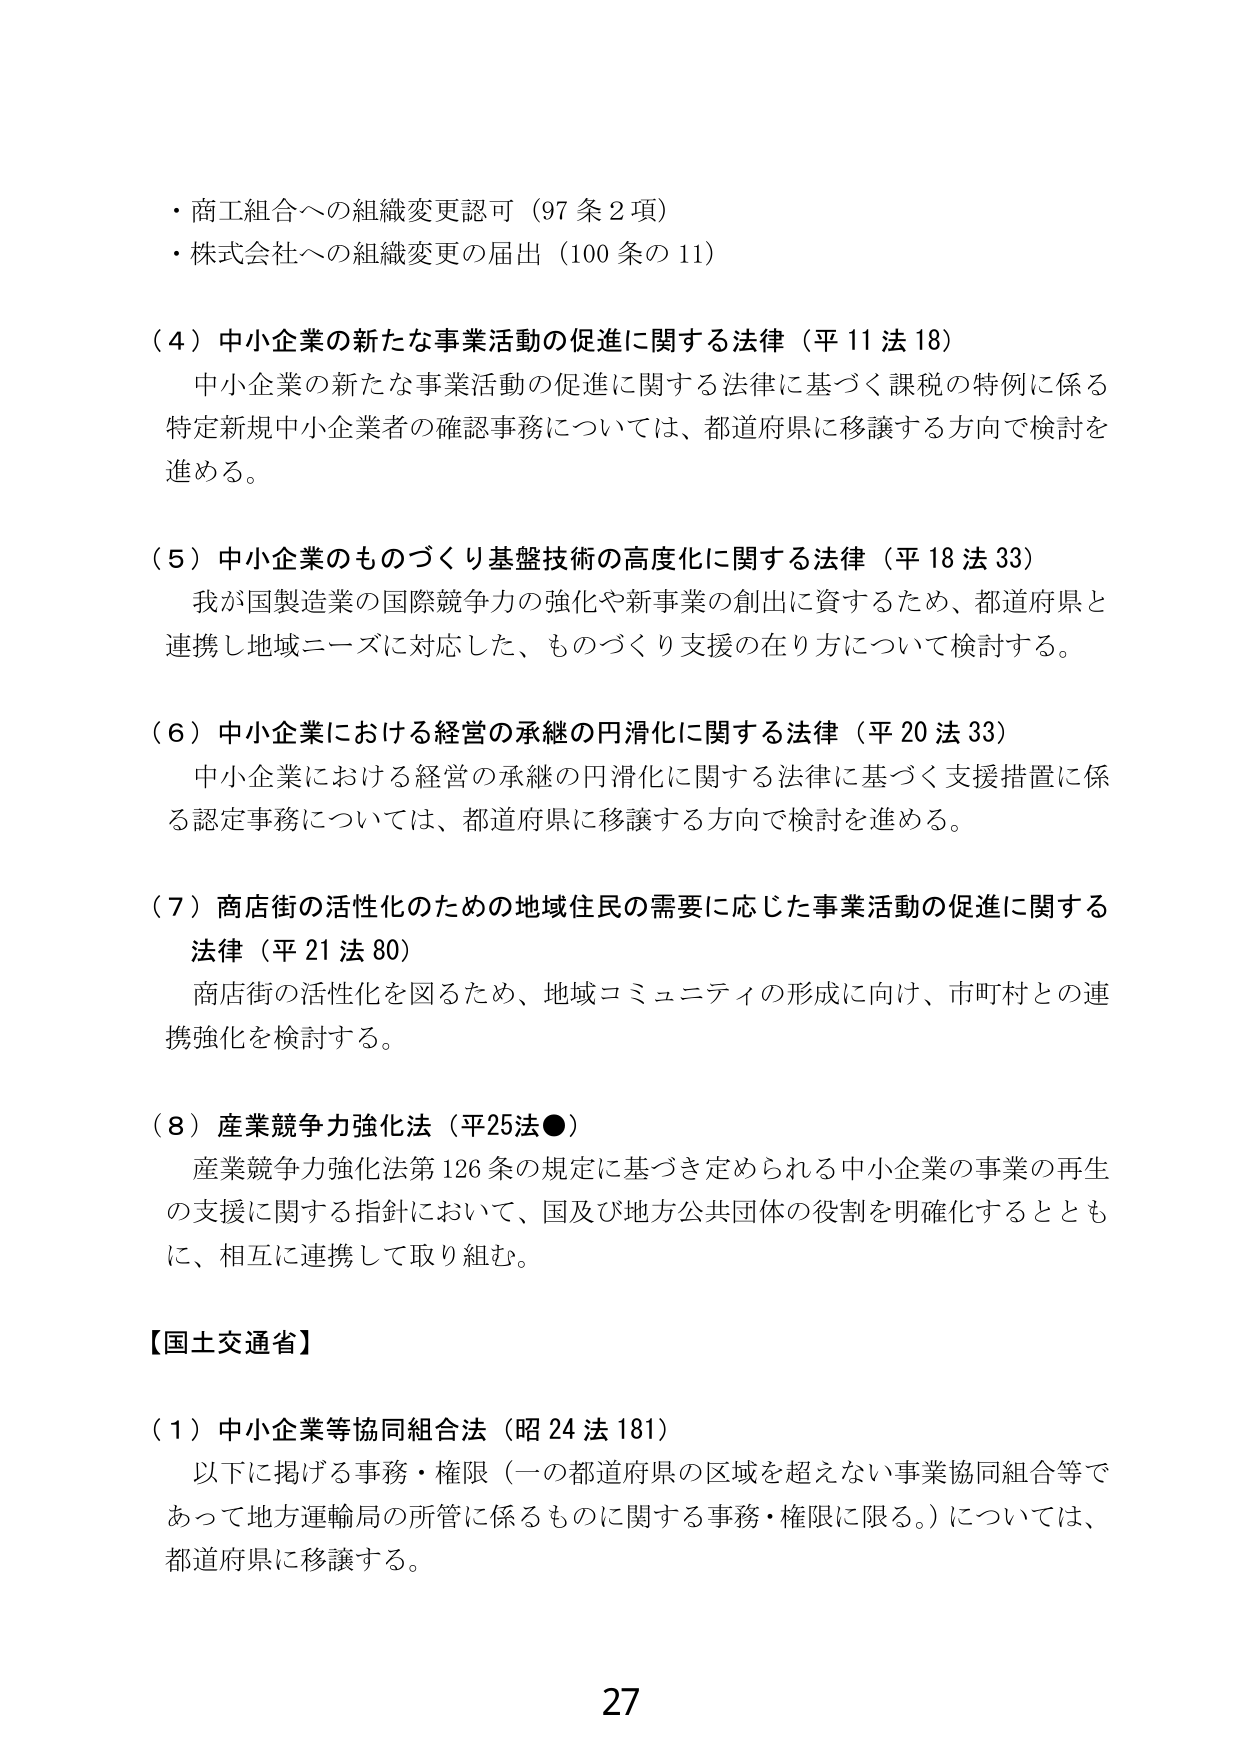
・商工組合への組織変更認可（97条2項）
・株式会社への組織変更の届出（100条の11）

（4）中小企業の新たな事業活動の促進に関する法律（平11法18）
　中小企業の新たな事業活動の促進に関する法律に基づく課税の特例に係る
　特定新規中小企業者の確認事務については、都道府県に移譲する方向で検討を
　進める。

（5）中小企業のも のづくり基盤技術の高度化に関する法律（平18法33）
　我が国製造業の国際競争力の強化や新事業の創出に資するため、都道府県と
　連携し地域ニーズに対応した、ものづくり支援の在り方について検討する。

（6）中小企業における経営の承継の円滑化に関する法律（平20法33）
　中小企業における経営の承継の円滑化に関する法律に基づく支援措置に係
　る認定事務については、都道府県に移譲する方向で検討を進める。

（7）商店街の活性化のための地域住民の需要に応じた事業活動の促進に関する
　法律（平21法80）
　商店街の活性化を図るため、地域コミュニティの形成に向け、市町村との連
　携強化を検討する。

（8）産業競争力強化法（平25法●）
　産業競争力強化法第126条の規定に基づき定められる中小企業の事業の再生
　の支援に関する指針において、国及び地方公共団体の役割を明確化するととも
　に、相互に連携して取り組む。

【国土交通省】

（1）中小企業等協同組合法（昭24法181）
　以下に掲げる事務・権限（一の都道府県の区域を超えない事業協同組合等で
　あって地方運輸局の所管に係るものに関する事務・権限に限る。）については、
　都道府県に移譲する。

27